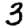
Digit: 3